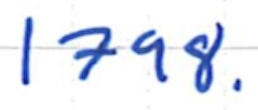
Text: 1798.
Cross-out: clean
Writing tool: ballpoint